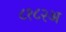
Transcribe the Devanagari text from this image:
८१८२अ